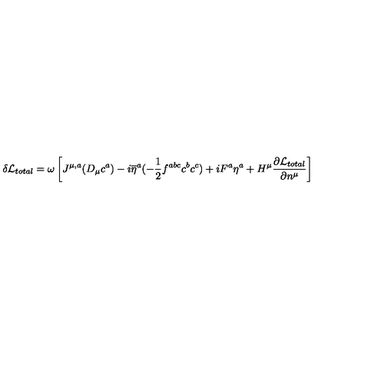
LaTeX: \delta { \cal L } _ { t o t a l } = \omega \left[ J ^ { \mu , a } ( D _ { \mu } c ^ { a } ) - i \overline { { \eta } } ^ { a } ( - { \frac { 1 } { 2 } } f ^ { a b c } c ^ { b } c ^ { c } ) + i F ^ { a } \eta ^ { a } + H ^ { \mu } { \frac { \partial { \cal L } _ { t o t a l } } { \partial n ^ { \mu } } } \right]